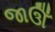
જાઊઁ